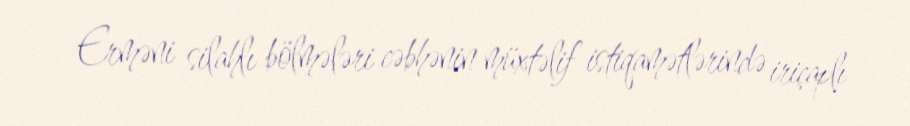
Erməni silahlı bölmələri cəbhənin müxtəlif istiqamətlərində iriçaplı